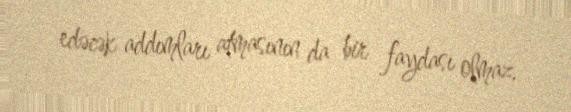
edəcək addımları atmasının da bir faydası olmaz.